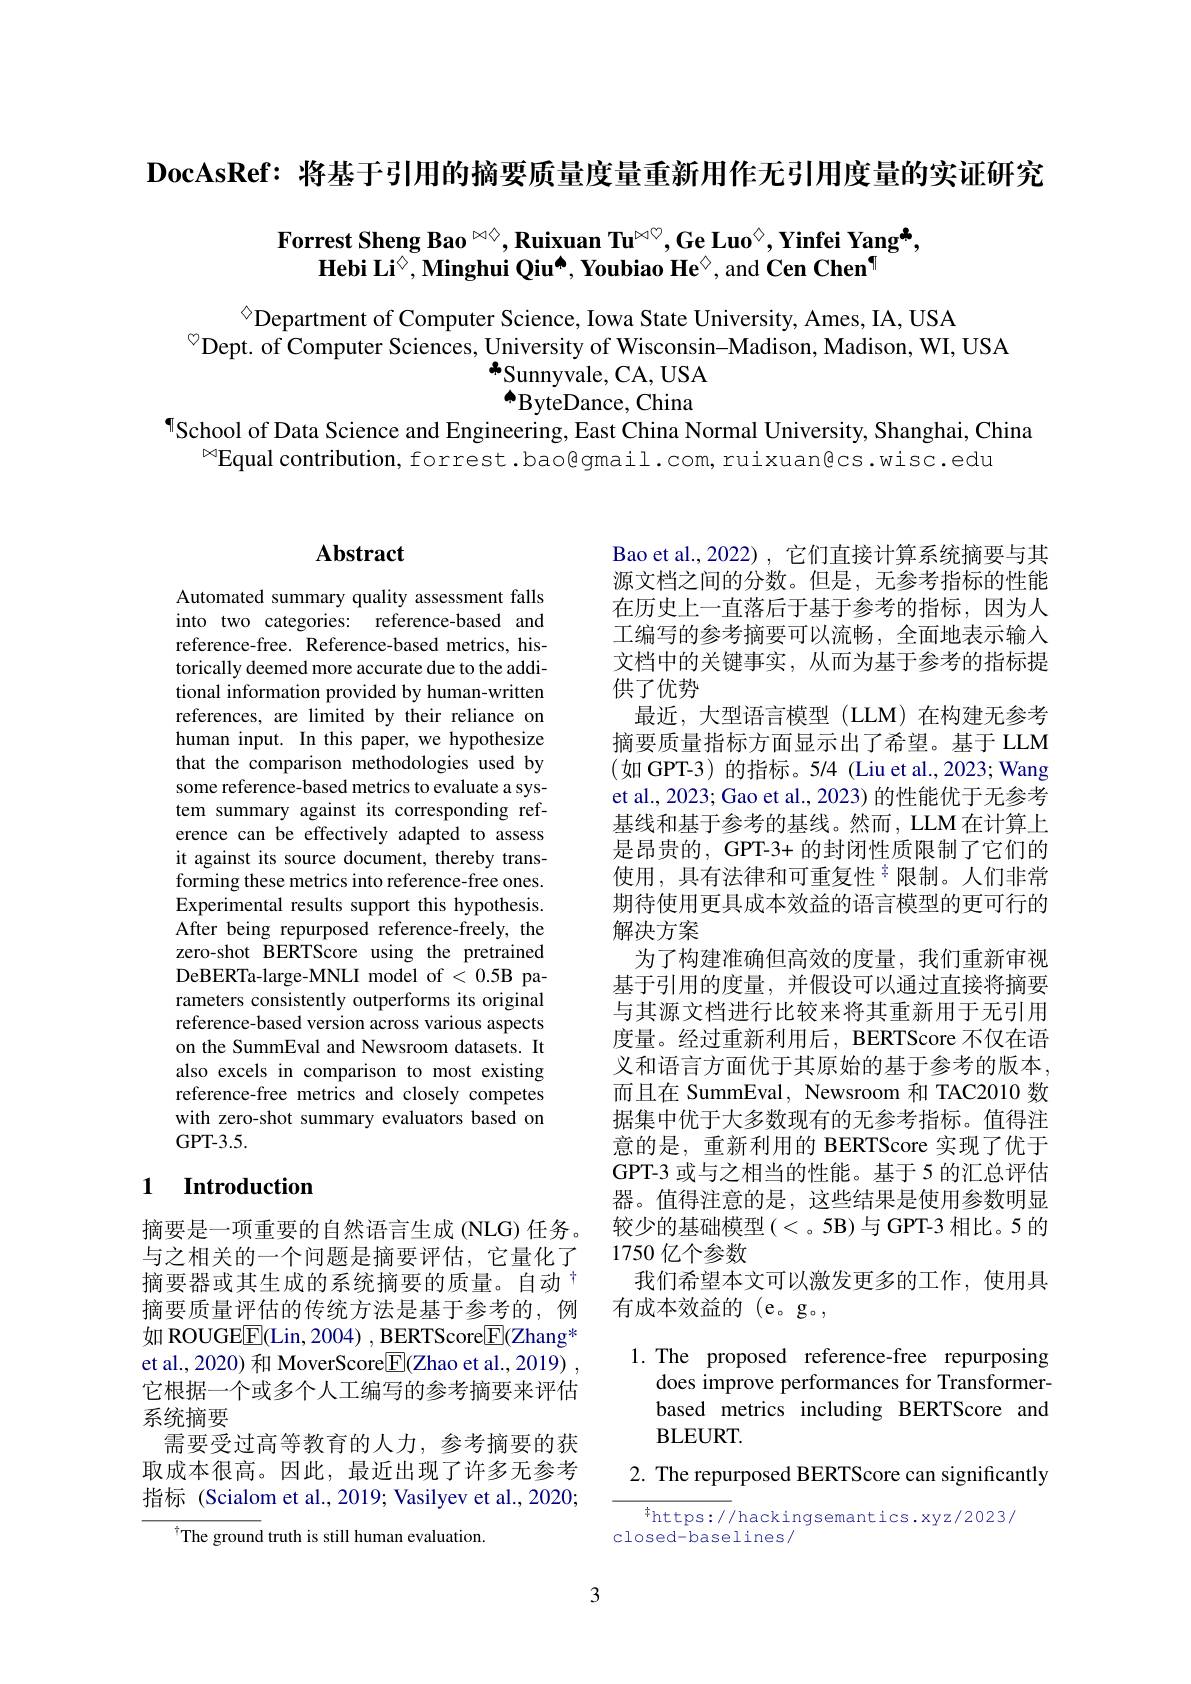
$\textbf{DocAsRef: 将 基 于 引 用 的 摘 要 质 量 度 量 重 新 用 作 无 引 用 度 量 的 实 证 研 究 }$

# Forrest Sheng Bao $^{\infty\diamondsuit},\textbf{Ruixuan Tu}^{\times\heartsuit},\textbf{Ge Luo}^{\diamondsuit},\textbf{Yinfei Yang}^{\clubsuit}$, $\textbf{Hebi Li}^{\textcircled{\circ}}$, Minghui Qiu[INDEX], Youbiao He$^{\textcircled{\circ}}$, and Cen Chen$^{\textcircled{1}}$

$^{\textcircled{\circ}}$Department of Computer Science, Iowa State University, Ames, IA, USA
$^{\textcircled{\circ}}$Dept. of Computer Sciences, University of Wisconsin-Madison, Madison, WI, USA
$\Phi$Sunnyvale, CA, USA $^{\bullet}$ByteDance, China
¶School of Data Science and Engineering, East China Normal University, Shanghai, China
$^{\infty}$Equal contribution, forrest .bao@gmail.com, ruixuan@cs.wisc.edu

## $\mathbf{Abstract}$

Automated summary quality assessment falls into two categories: reference-based and reference-free. Reference-based metrics, historically deemed more accurate due to the additional information provided by human-written references, are limited by their reliance on human input. In this paper, we hypothesize that the comparison methodologies used by some reference-based metrics to evaluate a system summary against its corresponding reference can be effectively adapted to assess it against its source document, thereby transforming these metrics into reference-free ones. Experimental results support this hypothesis. After being repurposed reference-freely, the zero-shot BERTScore using the pretrained DeBERTa-large-MNLI model of < 0.5B parameters consistently outperforms its original reference-based version across various aspects on the SummEval and Newsroom datasets. It also excels in comparison to most existing reference-free metrics and closely competes with zero-shot summary evaluators based on GPT- 3. 5.

## 1 Introduction

摘要是一项重要的自然语言生成 (NLG) 任务。与之相关的一个问题是摘要评估，它量化了摘要器或其生成的系统摘要的质量。自动$^{\dagger}$ 摘要质量评估的传统方法是基于参考的，例如 ROUGE$\overline{\mathrm{E}}($Lin, 2004) , BERTScore$\underline{\mathrm{F}}($Zhang* et al., 2020) 和 MoverScore$\boxed{\mathrm{F}}($Zhao et al., 2019) , 它根据一个或多个人工编写的参考摘要来评估系统摘要
需要受过高等教育的人力，参考摘要的获取成本很高。因此，最近出现了许多无参考指标 (Scialom et al., 2019; Vasilyev et al., 2020;

The ground truth is still human evaluation.

Bao et al.,2022), 它们直接计算系统摘要与其源文档之间的分数。但是，无参考指标的性能在历史上一直落后于基于参考的指标，因为人工编写的参考摘要可以流畅，全面地表示输人文档中的关键事实，从而为基于参考的指标提供了优势
最近，大型语言模型(LLM)在构建无参考摘要质量指标方面显示出了希望。基于 LLM $( 如$ GPT- 3) 的 指 标 。5/ 4 ( Liu et al. , 2023; Wang et al., 2023; Gao et al., 2023) 的性能优于无参考基线和基于参考的基线。然而，LLM 在计算上是昂贵的，GPT-3+ 的封闭性质限制了它们的使用，具有法律和可重复性$^{\frac{1}{2}}$限制。人们非常期待使用更具成本效益的语言模型的更可行的解决方案
为了构建准确但高效的度量，我们重新审视基于引用的度量，并假设可以通过直接将摘要与其源文档进行比较来将其重新用于无引用度量。经过重新利用后，BERTScore 不仅在语义和语言方面优于其原始的基于参考的版本， 而且在 SummEval, Newsroom 和 TAC2010 数据集中优于大多数现有的无参考指标。值得注意的是，重新利用的 BERTScore 实现了优于GPT-3 或与之相当的性能。基于 5 的汇总评估器。值得注意的是，这些结果是使用参数明显较少的基础模型(<。5B)与 GPT-3 相比。5 的1750 亿个参数
我们希望本文可以激发更多的工作，使用具
有成本效益的(e。g。,
1. The proposed reference-free repurposing
does improve performances for Transformer-

based metrics including BERTScore and

BLEURT.

2. The repurposed BERTScore can significantly

$^{\dagger}$https://hackingsemantics.xyz/2023/
closed-baselines/

3